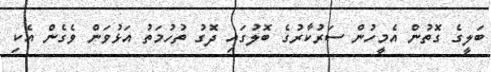
ބަލީގެ ގޮތުން އެމީހުން ސަރުކާރުގެ ބޮލުގައި ދޮގު ތުހުމަތު އަޅުވަން ވެގެން އެކި